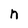
Character: n